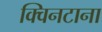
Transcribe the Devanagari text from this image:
क्विनटाना